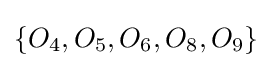
\{O_{4},O_{5},O_{6},O_{8},O_{9}\}